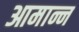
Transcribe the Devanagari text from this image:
आमान्न